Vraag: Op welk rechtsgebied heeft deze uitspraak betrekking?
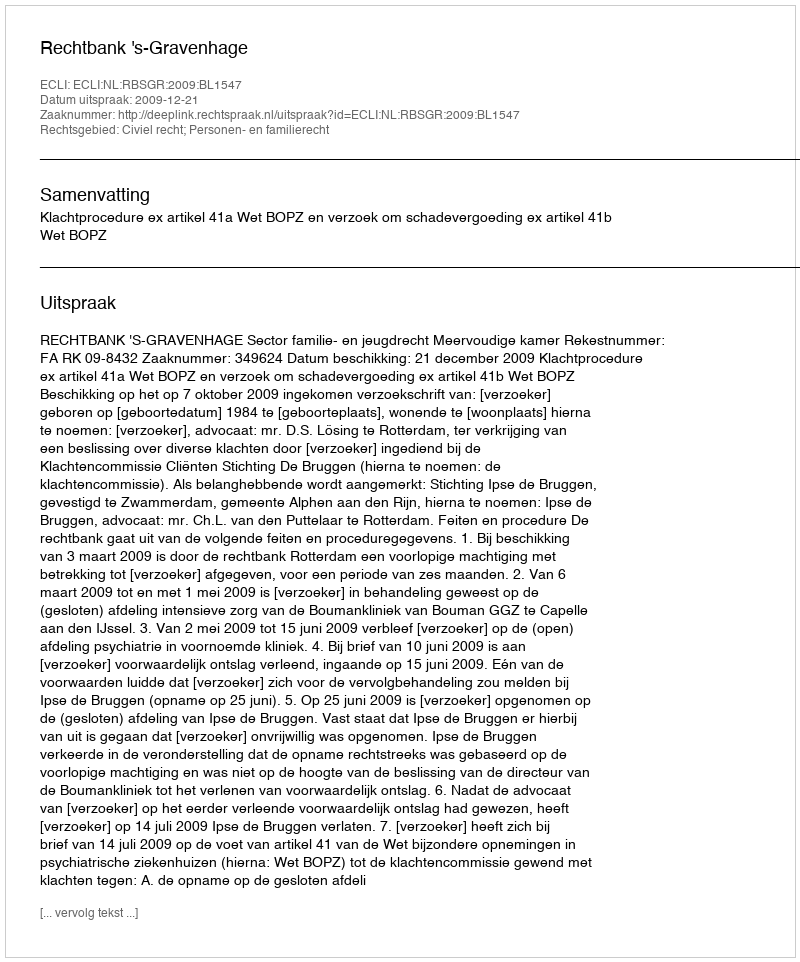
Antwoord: Civiel recht; Personen- en familierecht